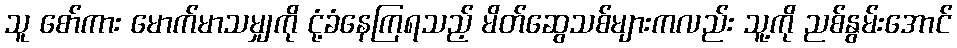
သူ စော်ကား မောက်မာသမျှကို ငုံ့ခံနေကြရသည့် မိတ်ဆွေသစ်များကလည်း သူ့ကို ညစ်နွမ်းအောင်